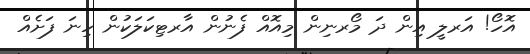
އޮހޯ! އަރލީ އިން ދަ މޯރނިން މިއޮއް ފެނުން އާރޓިކަލަކުން ހިނަ ފަށެއް